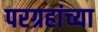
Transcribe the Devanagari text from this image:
परग्रहांच्या